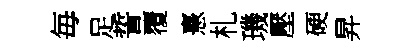
毎足誓覆憙札璣壓硬昇